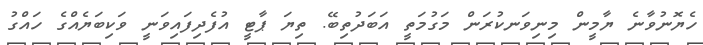
ހެޔޮނުވާނެ ޔާމީން މިނިވަނކުރަން މަގުމަތީ އަބަދުތިބޭ. ތިޔަ ޕާޓީ އުފެދިފައިވަނީ ވަކިބަޔެއްގެ ހައްގު